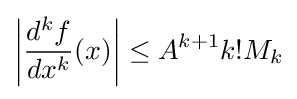
\left|{\frac {d^{k}f}{dx^{k}}}(x)\right|\leq A^{k+1}k!M_{k}